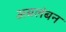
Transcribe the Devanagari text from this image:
अबलंबन